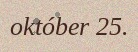
október 25.